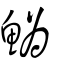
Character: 𩻟